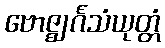
ဗောဇ္ဈင်္ဂသံယုတ္တံ